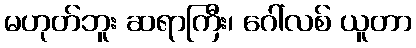
မဟုတ်ဘူး ဆရာကြီး၊ ဂေါ်လစ် ယူတာ